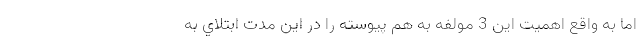
اما به واقع اهميت اين 3 مولفه به هم پيوسته را در اين مدت ابتلاي به